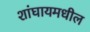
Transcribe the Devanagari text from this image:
शांघायमधील